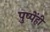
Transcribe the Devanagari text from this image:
पुष्पेंही